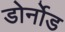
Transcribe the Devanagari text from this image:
डोर्नोड